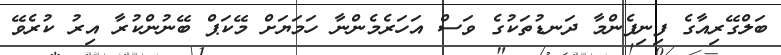
ބަލްގޭރިއާގެ ފިނިފެންމާ ދަނޑުތަކުގެ ވަސް އަހަރެމެންނާ ހަމަޔަށް މޭކަޕް ބޭނުންކުރާ އިރު ކުރެވޭ